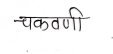
मजकूर: चकवणी